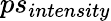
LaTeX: ps_{intensity}